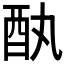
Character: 𫑳